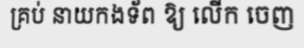
គ្រប់ នាយកងទ័ព ឱ្យ លើក ចេញ